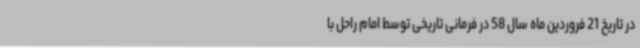
در تاریخ 21 فروردین ماه سال 58 در فرمانی تاریخی توسط امام راحل با